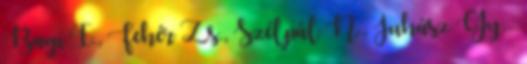
Bagi I., Fehér Zs., Szélpál N., Juhász Gy. –